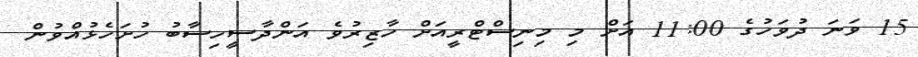
15 ވަނަ ދުވަހުގެ 11:00 އަށް މި މިނިސްޓްރީއަށް ހާޒިރުވެ އަންދާސީހިސާބު ހުށަހެޅުއްވުން